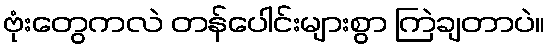
ဗုံးတွေကလဲ တန်ပေါင်းများစွာ ကြဲချတာပဲ။